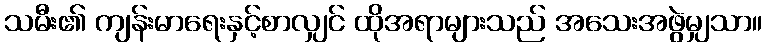
သမီး၏ ကျန်းမာရေးနှင့်စာလျှင် ထိုအရာများသည် အသေးအဖွဲမျှသာ။